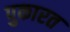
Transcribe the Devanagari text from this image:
पुकारत